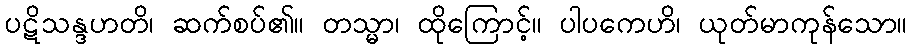
ပဋိသန္ဒဟတိ၊ ဆက်စပ်၏။ တသ္မာ၊ ထိုကြောင့်။ ပါပကေဟိ၊ ယုတ်မာကုန်သော။